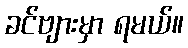
ခင်ဗျားမှာ ရမယ်။